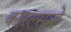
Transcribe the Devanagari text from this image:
कारल्सरुहे